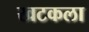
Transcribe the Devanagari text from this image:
खटकला